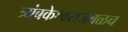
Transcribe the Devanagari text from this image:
त्र्यंबकेश्वराजवळच